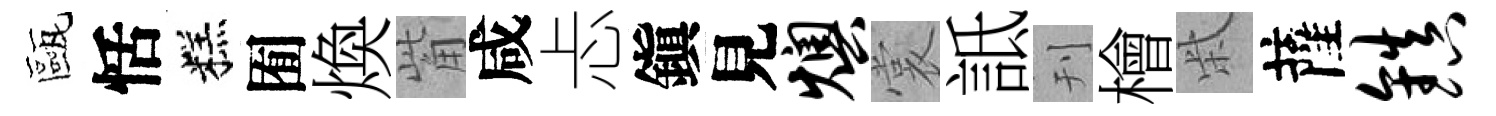
甌恬糕囿煥觜咸忐鎭見燠裳詆刊檜柴薩镇